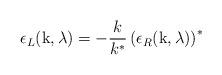
LaTeX: \begin{align*}\epsilon_L (\mbox{k}, \lambda) = - \frac{k}{k^*} \left( \epsilon_R (\mbox{k}, \lambda)\right)^*\end{align*}